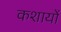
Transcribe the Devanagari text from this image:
कशायों